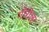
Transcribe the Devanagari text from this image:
गौरीला